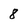
Character: 8